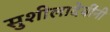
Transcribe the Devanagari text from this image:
सुशीलादेवींनी